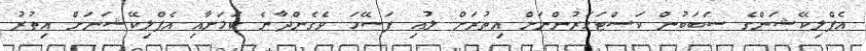
އެޕްލިކޭޝަންގެ ސަބަބުން ކަސްޓަމަރުންނަށް އިތުރަށް ލުއި ފަސޭހަ ވެގެންދާނެ ކަމަށާއި އެޕްލިކޭޝަނަށް އިތުރު